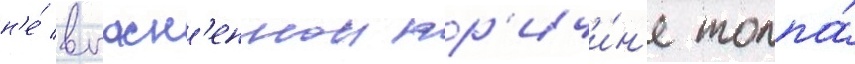
н'е́ выасн'еннои пр'ичи́н'е толпа́